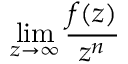
\operatorname* { l i m } _ { z \to \infty } { \frac { f ( z ) } { z ^ { n } } }